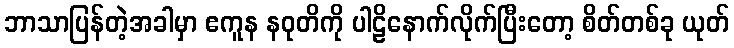
ဘာသာပြန်တဲ့အခါမှာ ဧကူန နဝုတိကို ပါဠိနောက်လိုက်ပြီးတော့ စိတ်တစ်ခု ယုတ်